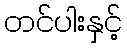
တင်ပါးနှင့်